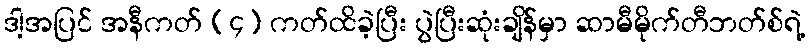
ဒါ့အပြင် အနီကတ် (၄) ကတ်ထိခဲ့ပြီး ပွဲပြီးဆုံးချိန်မှာ ဆာမီမိုက်တီဘတ်စ်ရဲ့